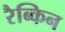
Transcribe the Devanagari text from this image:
रैब्किन